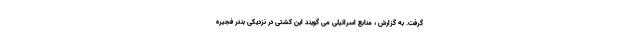
گرفت. به گزارش ، منابع اسرائیلی می گویند این کشتی در نزدیکی بندر فجیره